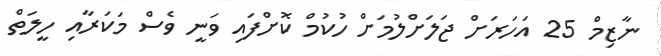
ނާޒިމް 25 އަހަރަށް ޖަލަށްލުމަށް ހުކުމް ކޮށްފައި ވަނީ ވެސް މަކަރާއި ހީލަތް